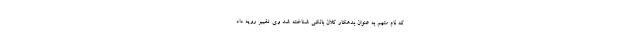
که نام متهم به عنوان بدهکار کلان بانکی شناخته شد وی تغییر رویه داد